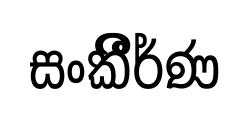
සංකීීර්ණ